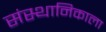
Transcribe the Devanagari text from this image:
संस्थानिकाला